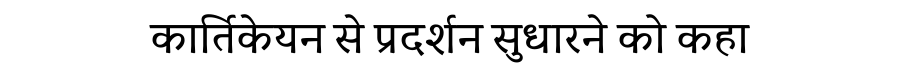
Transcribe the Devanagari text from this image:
कार्तिकेयन से प्रदर्शन सुधारने को कहा